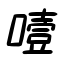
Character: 噎